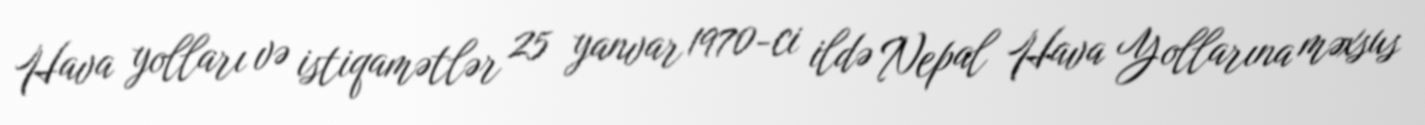
Hava yolları və istiqamətlər 25 yanvar 1970-ci ildə Nepal Hava Yollarına məxsus